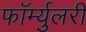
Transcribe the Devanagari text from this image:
फॉर्म्युलरी